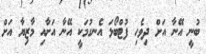
ބުނީ އޭނާ އަށް ދިވެހި ފުޓްބޯޅަ އެނގުމަކީ އޭނާ އަށާއި މާޒިޔާ އަށް